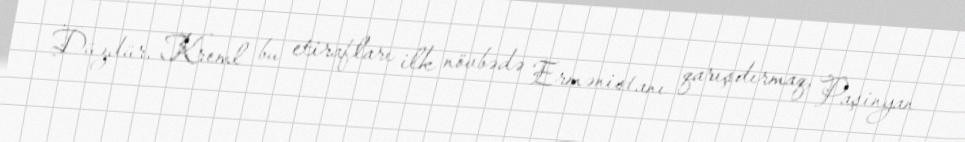
Düzdür, Kreml bu etirafları ilk növbədə Ermənistanı qarışdırmaq, Paşinyan